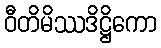
ဝီတိမိဿဒိဋ္ဌိကော